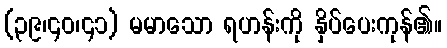
(၃၉၊၄၀၊၄၁) မမာသော ရဟန်းကို နှိပ်ပေးကုန်၏။